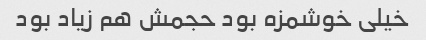
خیلی خوشمزه بود حجمش هم زیاد بود